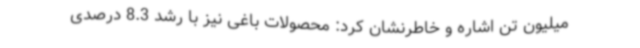
میلیون تن اشاره و خاطرنشان کرد: محصولات باغی نیز با رشد 8.3 درصدی